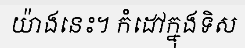
យ៉ាងនេះ។ កំដៅក្នុងទិស